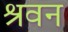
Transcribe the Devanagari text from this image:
श्रवन